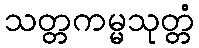
သတ္တကမ္မသုတ္တံ